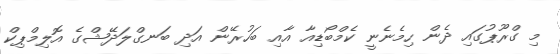
މި ގްރޫޕުގައި ދެން ހިމެނެނީ ކެމްބޯޑިއާ އާއި ބަހުރޭން އަދި ބަނގްލަދޭޝްގެ އޮލިމްޕިކް